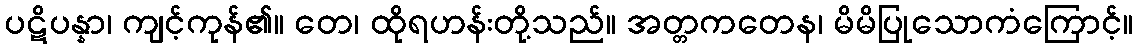
ပဋိပန္နာ၊ ကျင့်ကုန်၏။ တေ၊ ထိုရဟန်းတို့သည်။ အတ္တကတေန၊ မိမိပြုသောကံကြောင့်။